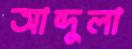
আব্দুলা